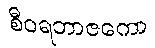
စီဝရဘာဇကော